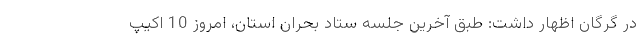
در گرگان اظهار داشت: طبق آخرین جلسه ستاد بحران استان، امروز 10 اکیپ